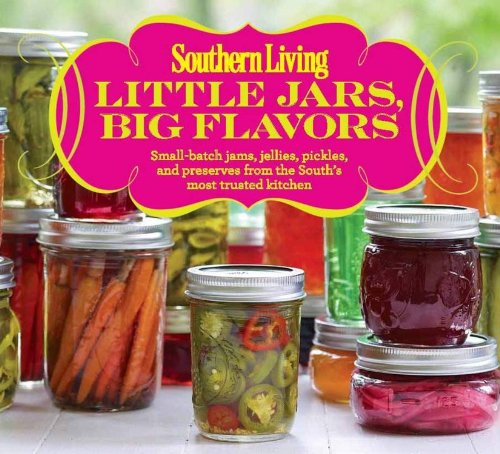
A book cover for Southern Living Little Jars, Big Flavors: Small-batch jams, jellies, pickles, and preserves from the South's most trusted kitchen; Editors of Southern Living Magazine; Cookbooks, Food & Wine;